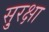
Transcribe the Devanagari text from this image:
सु्रक्षा